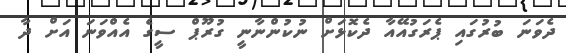
ދެވަނަ ބުރުގައި ޕެރަގުއޭއާ ދެކޮޅަށް ނުކުންނާނީ ގުރޫޕް ސީގެ އެއްވަނަ އަށް ދާ